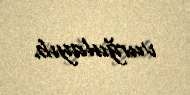
vurğulayıb.